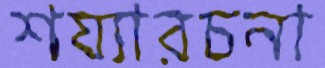
শয্যারচনা